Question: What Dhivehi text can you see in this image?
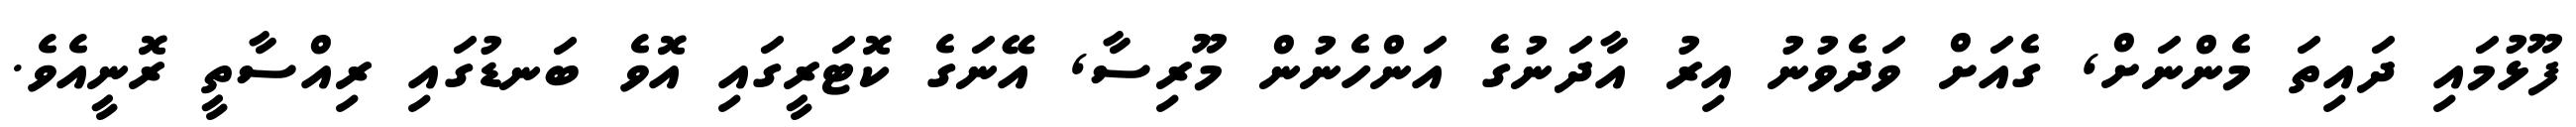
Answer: ފޫޅުމައި ދައިތަ މެންނަށް, ގެއަށް ވަދެވުނު އިރު އާދަނުގެ އަންހެނުން މޫރިސާ, އޭނަގެ ކޮޓަރީގައި އޮވެ ބަނޑުގައި ރިއްސާތީ ރޮނީއެވެ.